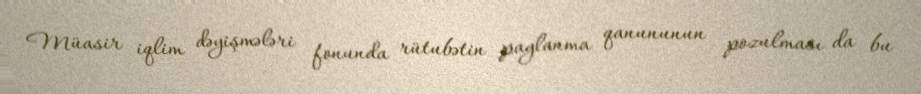
Müasir iqlim dəyişmələri fonunda rütubətin paylanma qanununun pozulması da bu